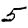
Digit: 5